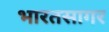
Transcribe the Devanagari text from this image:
भारतसागर